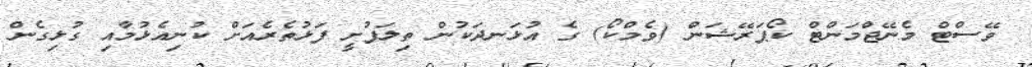
ވޭސްޓް މެނޭޖްމަންޓް ކޯޕަރޭޝަން (ވެމްކޯ) ގެ އުޅަނދަކުން ތިލަފުށީ ފަޅުތެރެއަށް ކުނިއެޅުމާއި ގުޅިގެން